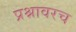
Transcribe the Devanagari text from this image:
प्रश्नावरच